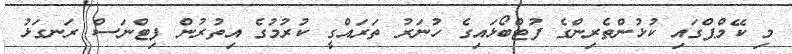
މި ކޭމްޕްގައި ކުޅުންތެރިންގެ ފުޓްބޯޅައިގެ ހުނަރު ތަރައްގީ ކުރުމުގެ އިތުރުން ފިޓްނަސް ރަނގަޅު